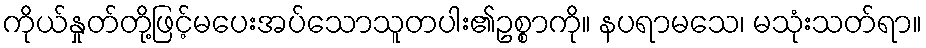
ကိုယ်နှုတ်တို့ဖြင့်မပေးအပ်သောသူတပါး၏ဥစ္စာကို။ နပရာမသေ၊ မသုံးသတ်ရာ။